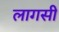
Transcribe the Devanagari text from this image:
लागसी